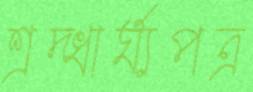
শ্রদ্ধার্ঘ্যপত্র